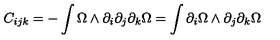
C _ { i j k } = - \int \Omega \wedge \partial _ { i } \partial _ { j } \partial _ { k } \Omega = \int \partial _ { i } \Omega \wedge \partial _ { j } \partial _ { k } \Omega